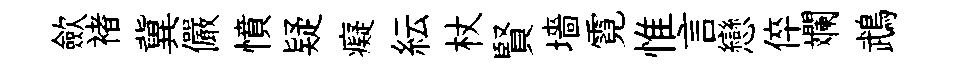
歛褚冀儼憤疑癡紜杖賢墻霓惟言戀倅斕鵡